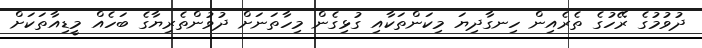
ދުވުމުގެ ރޭހުގެ ތެރެއިން ހިނގާދިޔަ މިކަންތަކާއި ގުޅިގެން މިހާތަނަށް ދުވުންތެރިޔާގެ ބަހެއް މީޑިއާތަކަށް